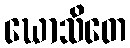
ဃောသိတေ